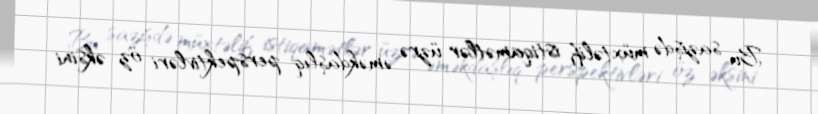
Bu sazişdə müxtəlif istiqamətlər üzrə əməkdaşlıq perspektivləri öz əksini